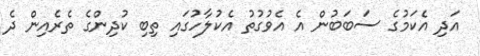
އަދި އެކަމުގެ ސަބަބުން އެ އެވުގުތު އެކުލާހުގައި ތިބި ކުދިންގެ ތެރެއިން ދެ